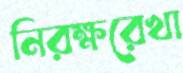
নিরক্ষরেখা